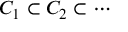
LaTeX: C _ { 1 } \subset C _ { 2 } \subset \cdots